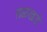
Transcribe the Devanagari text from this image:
तळखडे